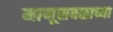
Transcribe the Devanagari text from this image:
माणूसबळाच्या